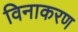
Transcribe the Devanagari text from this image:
विनाकरण